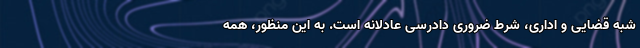
شبه قضایی و اداری، شرط ضروری دادرسی عادلانه است. به این منظور، همه